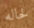
لحاله